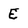
Character: E